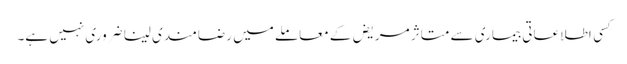
کِسی اطلاعاتی بیماری سے متاثر مریض کے معاملے میں رضامندی لینا ضروری نہیں ہے۔